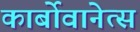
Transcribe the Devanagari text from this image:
कार्बोवानेत्स